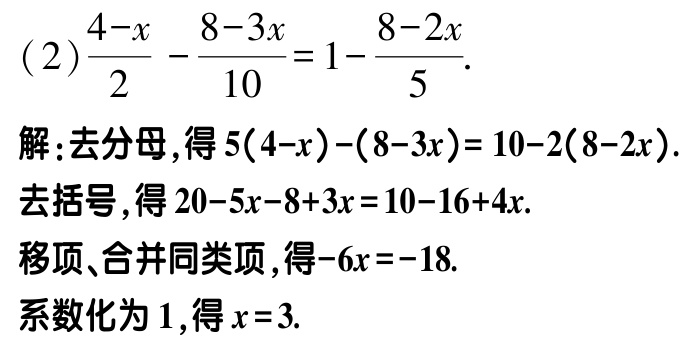
\((2)\frac{4 - x}{2}-\frac{8 - 3x}{10}=1-\frac{8 - 2x}{5}\).

解：去分母，得\(5(4 - x)-(8 - 3x)=10 - 2(8 - 2x)\).

去括号，得\(20 - 5x - 8 + 3x=10 - 16 + 4x\).

移项、合并同类项，得\(-6x=-18\).

系数化为\(1\)，得\(x = 3\).